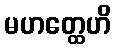
မဟတ္ထေဟိ